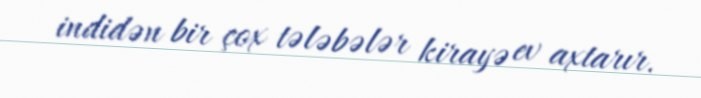
indidən bir çox tələbələr kirayə ev axtarır.